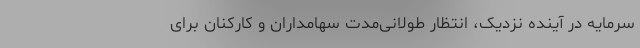
سرمایه در آینده نزدیک، انتظار طولانی‌مدت سهامداران و کارکنان برای